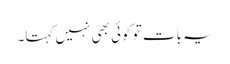
یہ بات تو کوئی بھی نہیں کہتا۔